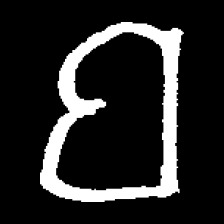
Pyu character \u2014 Myanmar letter: ဗ (romanized: ba)